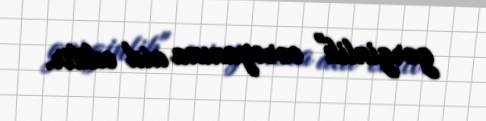
gərginlik" cərəyanına aid edilir.